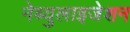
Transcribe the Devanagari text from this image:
नेब्युलाइजेशन